Serum-therapy of plague in India - Number 20
Disease focus: Plague
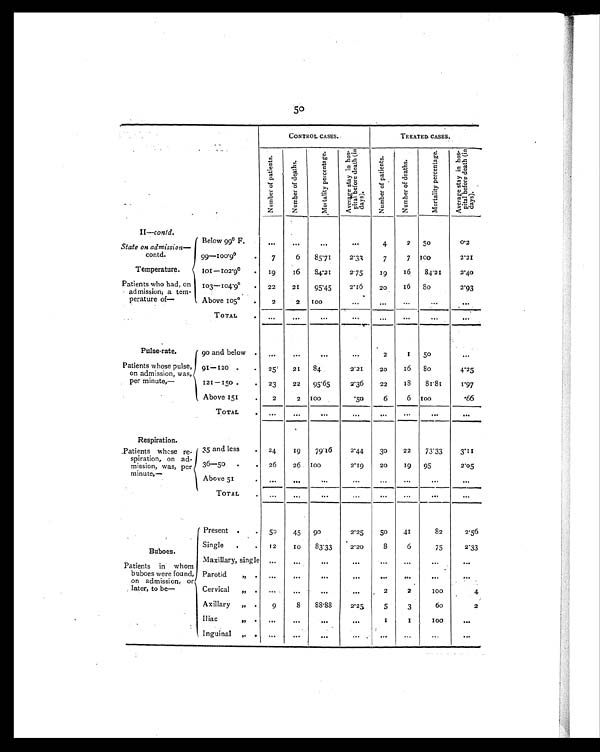
50
CONTROL CASES.
TREATED. CASES.
Nu mb e r o f p a t i e n t s .
Nu mb e r o f d e a t h s .
M o r t a l i t y p e r c e n t a g e .
Av e r a g e s t a y i n h o s -
p i t a l b e f o r e d e a t h ( i n
days).
N u m b e r o f p a t i e n t s .
N u m b e r o f d e a t h s .
Mortality percentage
Av e r a g e s t a y i n h o s -
p i t a l b e f o r e d e a t h ( i n
days).
II—contd.
State on admission
contd.
Temperature.
Patients who had, on
admission, a tern-
perature of—
Below 99º F
...
...
. . .
...
4
2
50
0.2
99—100.9°
.
7
6
85.71
2.33
7
7 100
2.21
101 —102.9°
.
19
16
84.21
2.75
19
16
84.21
2.40
103—104.9°
.
22
21
95.45
2.16
20
16
80
2.93
Above 105°
.
2
2 100
. . .
. . .
...
. . .
. . .
TOTAL
.
..
...
...
. . . ...
...
...
...
Pulse-rate.
Patients whose pulse,
on admission, was,
per minute,—
90 and below .
...
...
...
...
2
1
50
...
91—120 .
.
25
21
84
2.21
.20
16
80
4.25
121—150 .
.
23
22
95.65
2.36
22
1 8
81.81
1 . 9 7
Above 151
.
2
2 100
.50
6
6 100
.66
T OTAL
.
...
...
...
...
. . .
. . .
. . .
Respiration.
Patients whose re-
spiration, on ad-
mission, was, per
minute,—
35 and less
. 24
19
79.16
2.44
30
22
73.33
3.11
36—50
. . 26
26 100
2.19
20
19
95
2.05
Above 51
.
. . .
. . . .
. . .
. . .
. . .
...
. . .
. . .
TOTAL
.
...
. . .
. . .
. . .
. . .
. . .
. . .
. . .
Buboes.
Patients in whom
buboes were found,
on admission, or
later, to be—
.
Present .
. 50
45
90
2.25
50
41
82
2.56
Single
.
.
12
10
83.33
2.20
8
6
75
2.33
Maxillary, single
...
...
. . .
. . .
. . .
...
. . .
.
. . .
Parotid
7,
.
. . .
...
. . .
. . . .
...
... ...
. . .
Cervical
„ .
. . .
. . .
. . .
. . .
2
2
100
4
Axillary
„ .
9
8
88.88
2.25
5
3
6 0
2
Iliac
,, .
. . .
. . .
. . .
. . . .
1
1
1 0 0
. . .
Inguinal
, , .
...
. . .
. . .
. . .
. . .
. . .
. . .
. . .